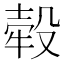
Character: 𣪬